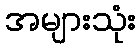
အများသုံး